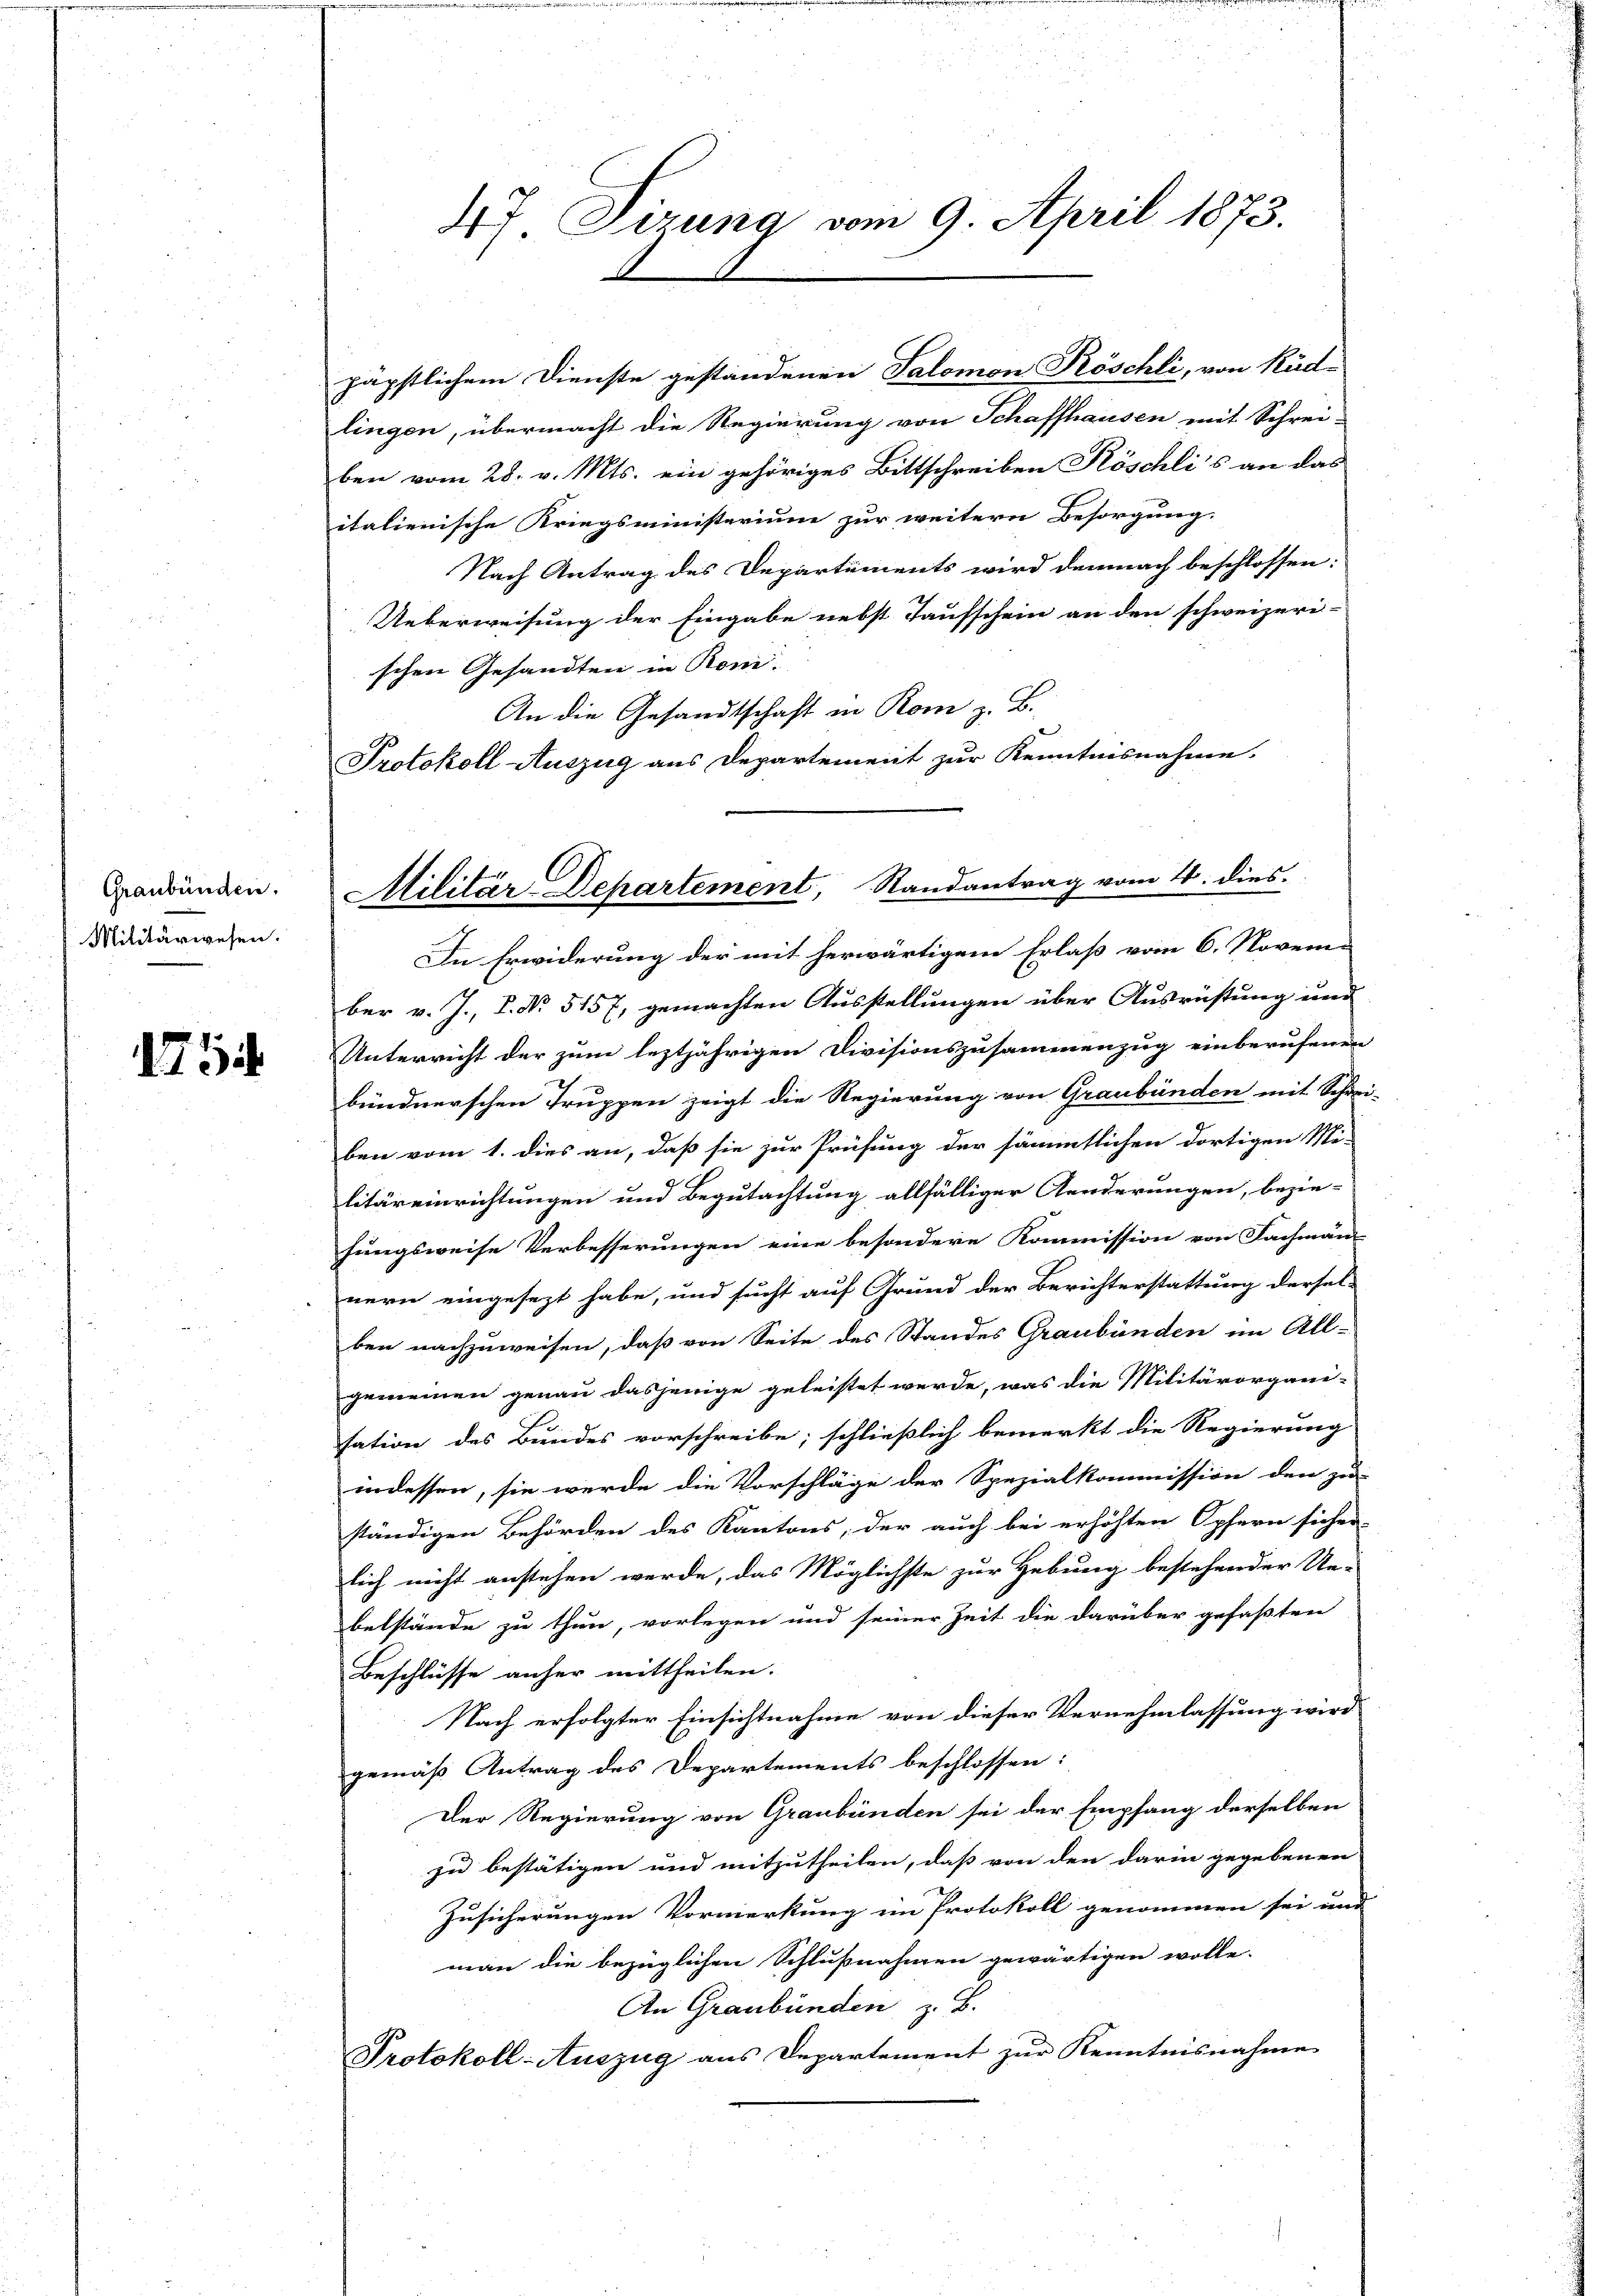
Graubünden.
Militärwesen.

175

lingen, übermacht die Regierung von Schaffhausen mit Schrei-
ben vom 28. v. Mts. ein gehöriges Bittschreiben Köschli’s an das
italienische Kriegsministerium zur weitern Besorgung.
Nach Antrag des Departements wird demnach beschlossen:
Ueberweisung der Eingabe nebst Taufschein an den schweizeri-
schen Gesandten in Rom.
An die Gesandtschaft in Rom z. B.
Protokoll Auszug aus Departement zur Kenntnisnahme.

47. Sizung vom 9. April 1873.

päpstlichem Dienste gestandenen Salomon Köschli, von Küd-

In Erwiderung der mit herwärtigem Erlaß vom 6. November v. J. P. No 5157, gemachten Ausstellungen über Ausrüstung und
Unterricht der zum leztjährigen Divisionszusammenzug einberufenen
bündnerschen Truppen zeigt die Regierung von Graubünden mit Schrei-
ben vom 1. dies an, daß sie zur Prüfung der sämmtlichen dortigen Mi-
litäreinrichtungen und Begutachtung allfälliger Aenderungen, bezie-
hungsweise Verbesserungen eine besondere Kommission von Fachmän-
nern eingesezt habe, und sucht auf Grund der Berichterstattung dersel-
ben nachzuweisen, daß von Seite des Standes Graubünden im All-
gemeinen genau dasjenige geleistet werde, was die Militärorgani-
sation des Bundes vorschreibe; schließlich bemerkt die Regierung
indessen, sie werde die Vorschläge der Spezialkommission den zu-
ständigen Behörden des Kantons, der auch bei erhöhten Opfern sicher
lich nicht anstehen werde, das Möglichste zur Hebung bestehender Ue-
belstände zu thun, vorlegen und seiner Zeit die darüber gefaßten
Beschlüsse anher mittheilen.
Nach erfolgter Einsichtnahme von dieser Vernehmlassung wird
gemäß Antrag des Departements beschlossen:
Der Regierung von Graubünden sei der Empfang derselben
zu bestätigen und mitzutheilen, daß von den darin gegebenen
Zusicherungen Vormerkung im Protokoll genommen sei und
man die bezüglichen Schlußnahmen gewärtigen wolle.
An Graubünden z. B.
Protokoll-Auszug aus Departement zur Kenntnisnahme

Militär Departement, Randantrag vom 4. dies